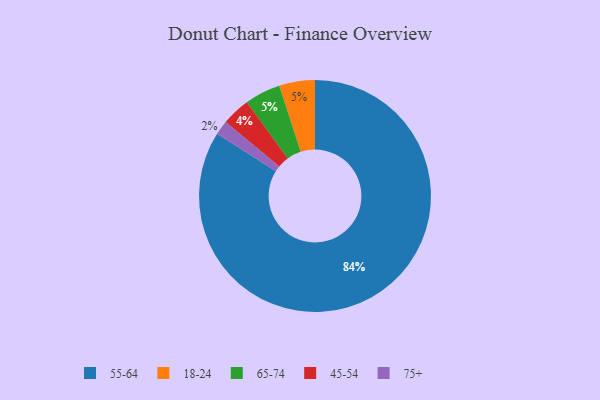
{"axis": {"x": "Category", "y": "Percentage"}, "legend": ["18-24", "45-54", "55-64", "65-74", "75+"], "data": [{"x": "18-24", "y": 5, "type": "18-24"}, {"x": "65-74", "y": 5, "type": "65-74"}, {"x": "45-54", "y": 4, "type": "45-54"}, {"x": "55-64", "y": 84, "type": "55-64"}, {"x": "75+", "y": 2, "type": "75+"}]}